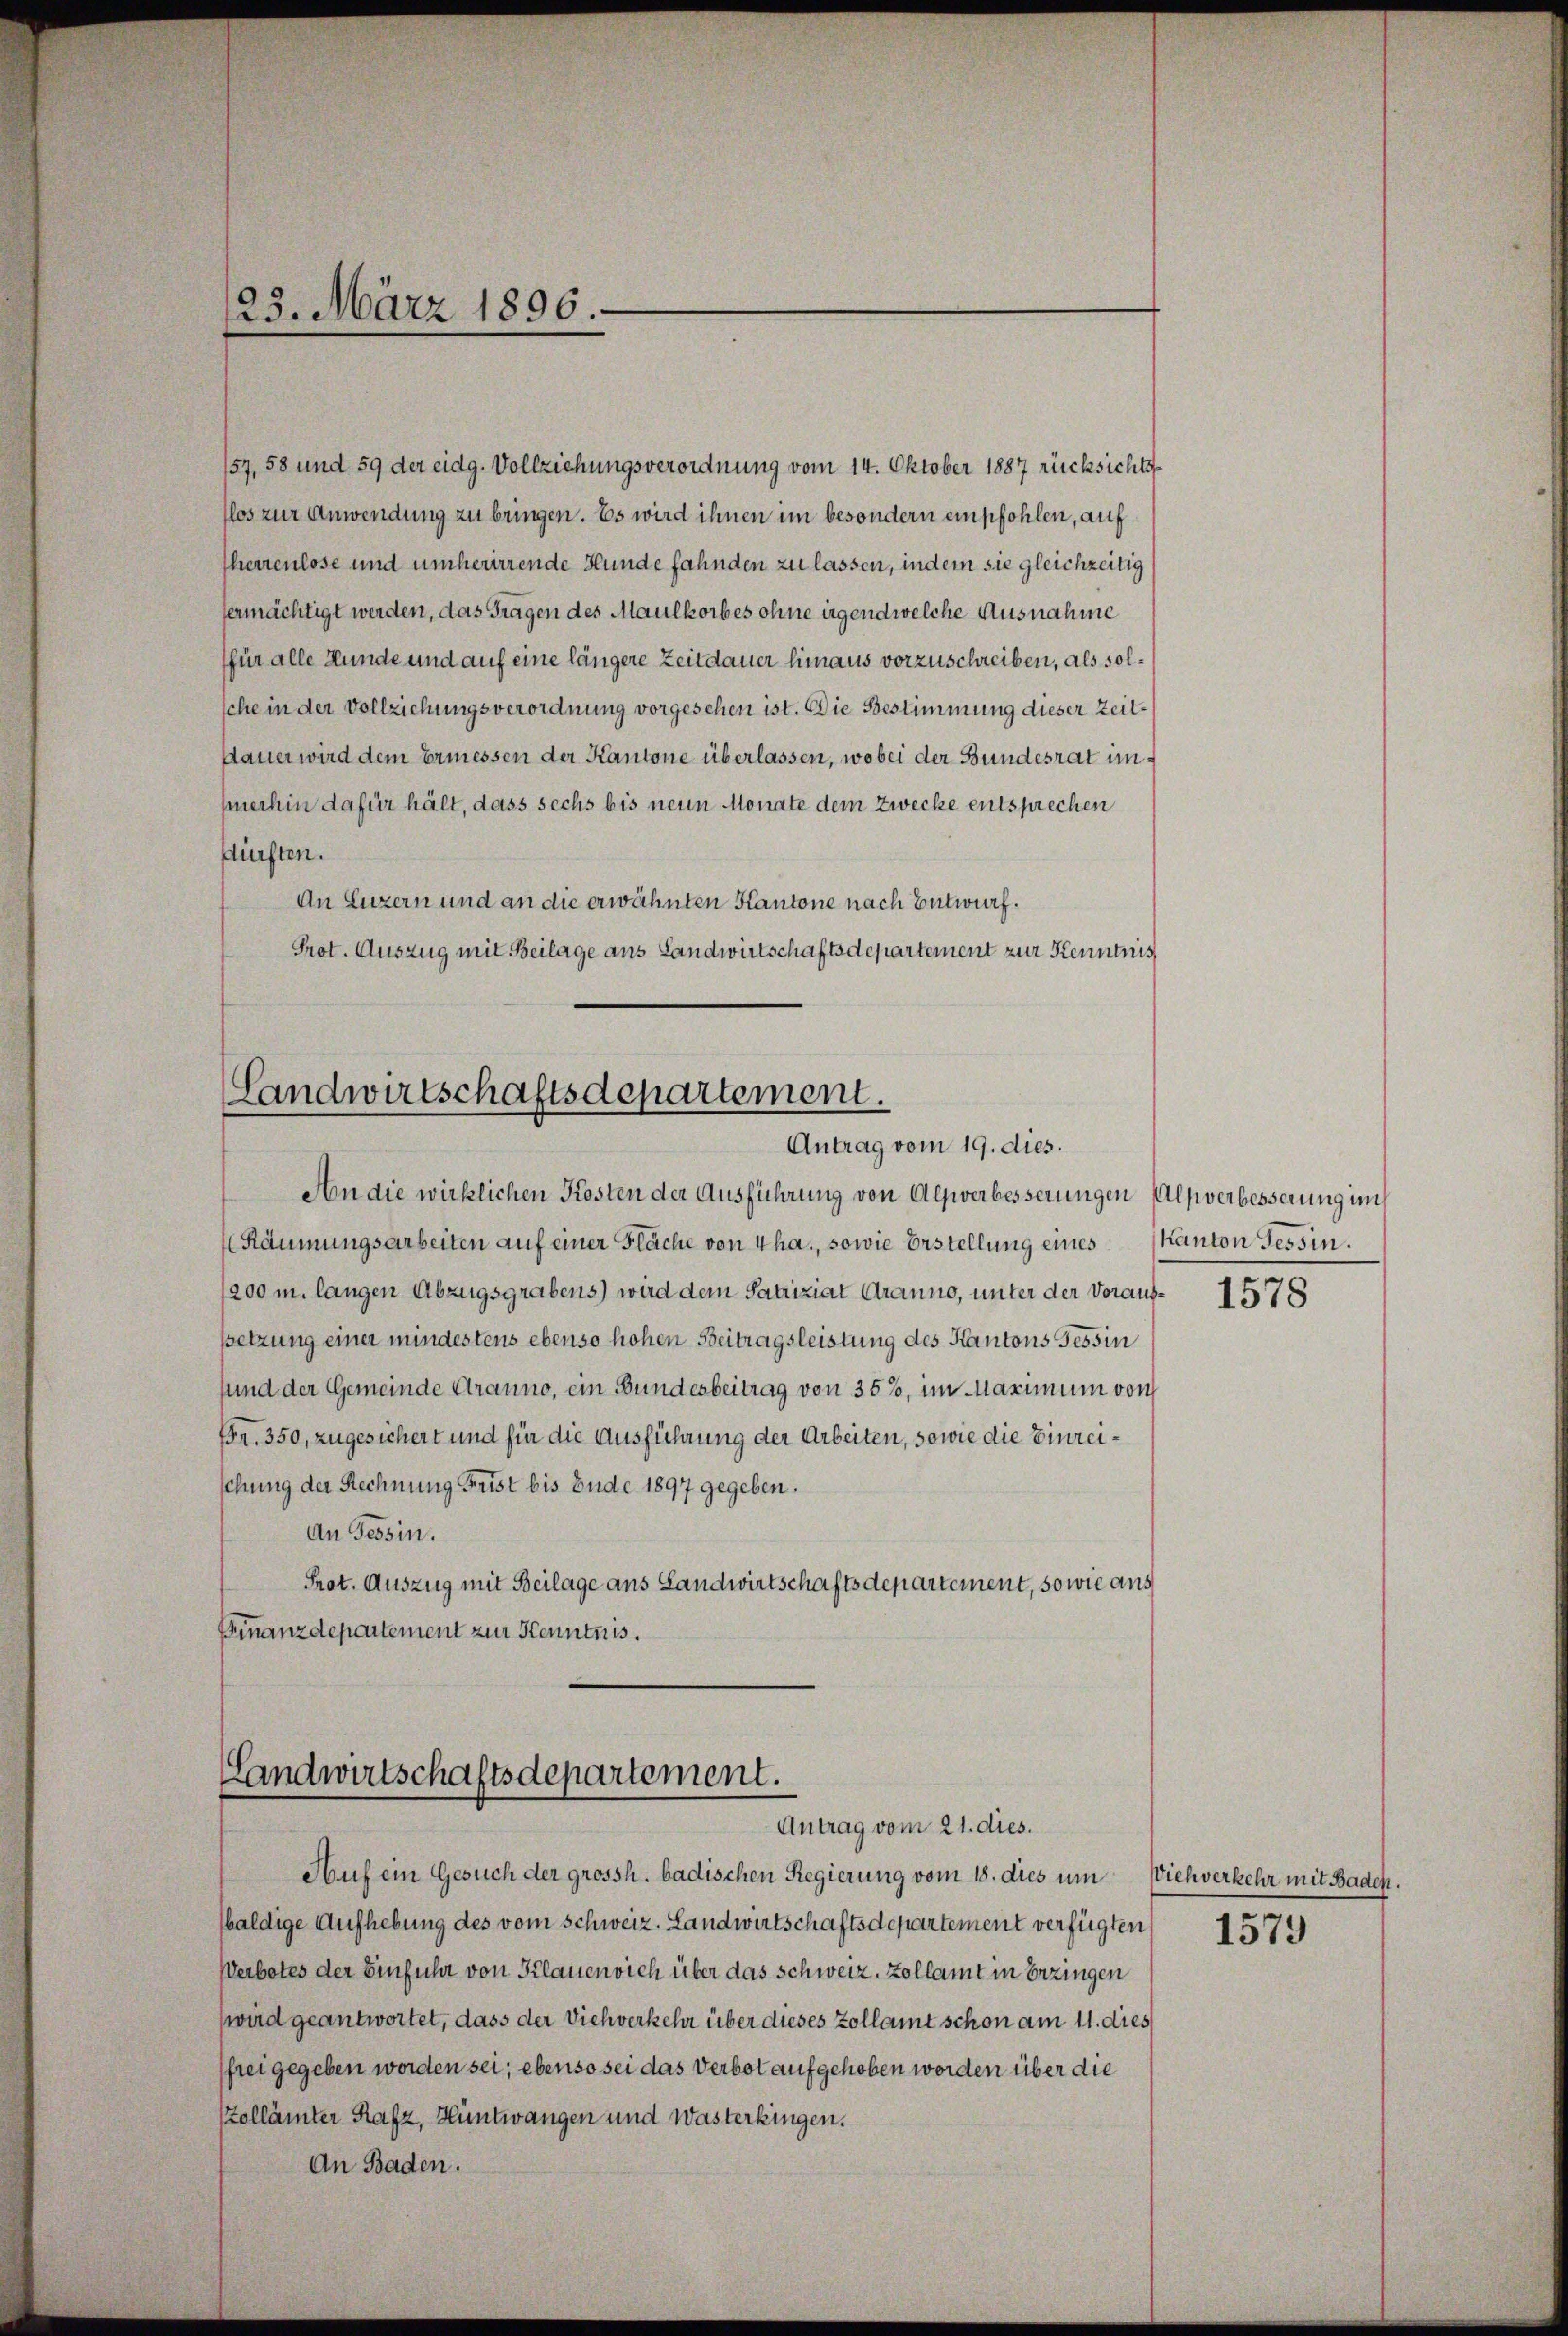
123. März 1896.

157. 58 und 59 der eidg. Vollziehungsverordnung vom 14. Oktober 1887 rücksichts
slos zur Anwendung zu bringen. Es wird ihnen im besondern empfohlen, auf
herrenlose und umherirrende Hunde fahnden zu lassen, indem sie gleichzeitig
ermächtigt werden, das Fragen des Maulkorbes ohne irgendwelche Ausnahme
für alle Wunde und auf eine längere Zeitdauer hinaus vorzuschreiben, als solsche in der Vollziehungsverordnung vorgesehen ist. Die Bestimmung dieser Zeit¬
Dauer wird dem Ermessen der Kantone überlassen, wobei der Bundesrat immmerhin dafür hält, dass sechs bis neue Monate dem Zwecke entsprechen
dürften.
An Luzern und an die erwähnten Kantone nach Entwurf.
Prot. Auszug mit Beilage aus Landwirtschaftsdepartement zur Kenntnis

Landwirtschaftsdepartement.
Antrag vom 19. dies.

An die wirklichen Kosten der Ausführung von Alpverbesserungen Alpverbesserung im
Räumungsarbeiten auf einer Fläche von 4 ha., sowie Erstellung eines Kanton Tessin.
1200 m. langen Abzugsgrabens) wird dem Patriziat Aranno, unter der Voraufsetzung einer mindestens ebenso hohen Beitragsleistung des Kantons Tessin
sund der Gemeinde Stranno, ein Bundesbeitrag von 35%, im Maximum von
fr. 350, zugesichert und für die Ausführung der Arbeiten, sowie die Einreichung der Rechnung Frist bis Ende 1897 gegeben.
An Tessin.
Prot. Auszug mit Beilage ans Landwirtschaftsdepartement, sowie aus
Finanzdepartement zur Kenntnis.

Landwirtschaftsdepartement.
Antrag vom 21. dies.

Auf ein Gesuch der grossh. badischen Regierung vom 18. dies um Viehverkehr mit Badehbaldige Aufhebung des vom Schweiz. Landwirtschaftsdepartement verfügten
Werbotes der Einführ von Klauen sich über das schweiz. Zollamt in Erzingen
wird geantwortet, dass der Viehverkehr über dieses Zollamt schon am 11. dies
frei gegeben worden sei; ebenso sei das Verbot aufgehoben worden über die
Zollämter Rafz, Hüntwangen und Wasterkingen.
An Baden.

1578

1579